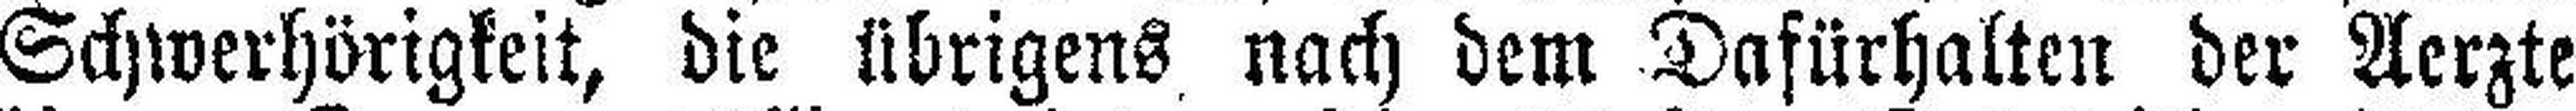
Schwerhörigkeit, die übrigens nach dem Dafürhalten der Aerzte